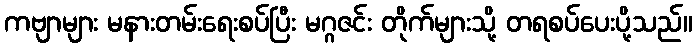
ကဗျာများ မနားတမ်းရေးစပ်ပြီး မဂ္ဂဇင်း တိုက်များသို့ တရစပ်ပေးပို့သည်။